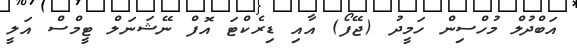
އަބްދުލް މުހްސިން ހަމީދު (ޖޭފޯ) އާއި ޑިރެކްޓަ އޮފް ނޭޝަނަލް ޓީމްސް އަލީ